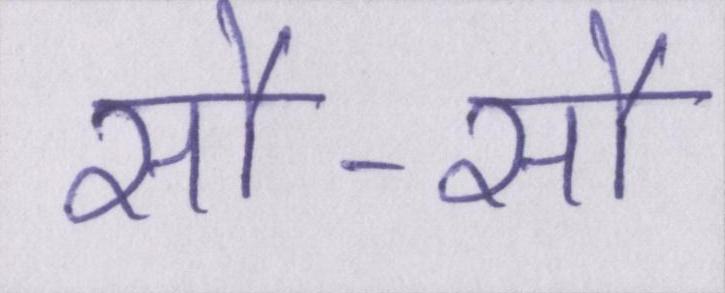
सौ-सौ